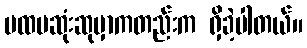
ပထမဆုံးဆုမှာကတည်းက ရှိခဲ့ပါတယ်။